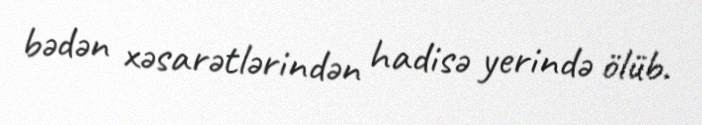
bədən xəsarətlərindən hadisə yerində ölüb.